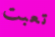
تعبت